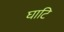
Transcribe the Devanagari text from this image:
घाटि